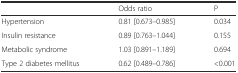
|  | Odds ratio | P |
 | --- | --- | --- |
 | Hypertension | 0.81 [0.673–0.985] | 0.034 |
 | Insulin resistance | 0.89 [0.763–1.044] | 0.155 |
 | Metabolic syndrome | 1.03 [0.891–1.189] | 0.694 |
 | Type 2 diabetes mellitus | 0.62 [0.489–0.786] | <0.001 |